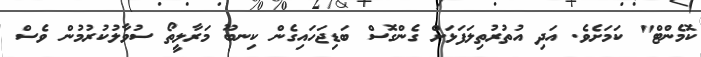
ކޮމެންޓް" ކަމަށެވެ. އަދި އުތުރުތިލަފަޅަށް ގެންގޮސް ބަޑިޖަހައިގެން ކިނބޫ މަރާލީތޯ ސުވާލުކުރުމުން ވެސް